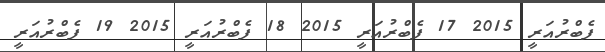
ފެބްރުއަރީ 2015 17 ފެބްރުއަރީ 2015 18 ފެބްރުއަރީ 2015 19 ފެބްރުއަރީ